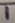
Text: 1